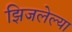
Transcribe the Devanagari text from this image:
झिजलेल्या